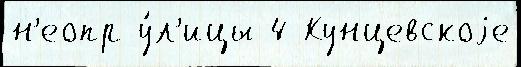
н'еопр у́л'ицы 4 Кунцевскоjе